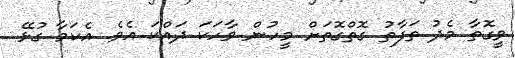
ވީގޮތާ މެދު ތަފާތު ގޮތްގޮތަށް މީހުން ވާހަކަ ދައްކަ އެވެ. އެކަމާ ގުޅޭ